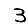
Digit: 3